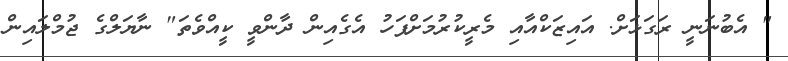
" އެބުނަނީ ރަގަޅަށް. އައިޒަކްއާއި މެރީކުރުމަށްފަހު އެގެއިން ދާންވީ ކީއްވެތަ" ނާޔަލްގެ ޖުމްލައިން